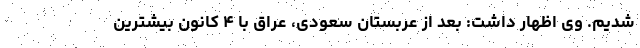
شدیم. وی اظهار داشت: بعد از عربستان سعودی، عراق با ۴ کانون بیشترین